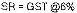
SR = GST @6%